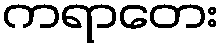
ကရာတေး